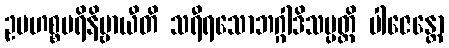
ဥပဟစ္စပရိနိဗ္ဗာယီတိ သရီရသောဘဂ္ဂါဒိသမ္ပတ္တိ ပါဇေန္တော